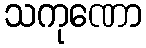
သကုဏော